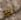
انه